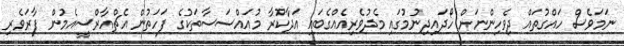
ނަމަވެސް ހައްގުތައް ދިވެހިންނަށް ހޯދައިދިނުމުގައި މެދުވެރިއެއްގެބައި އަދާކުރާ މުއައްސަސާތަކުގެ ފަހަތުން އެޗްއާރްސީއެމުން ފާރަވެރި